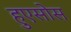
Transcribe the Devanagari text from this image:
हुएसोस